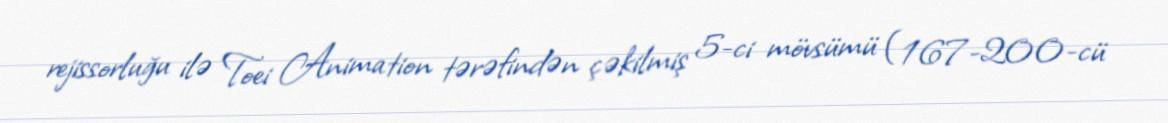
rejissorluğu ilə Toei Animation tərəfindən çəkilmiş 5-ci mövsümü (167-200-cü